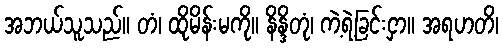
အဘယ်သူသည်။ တံ၊ ထိုမိန်းမကို။ နိန္ဒိတုံ၊ ကဲ့ရဲ့ခြင်းငှာ။ အရဟတိ၊